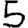
Digit: 5